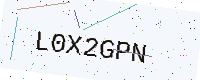
Text: L0X2GPN